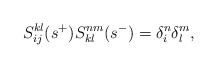
\begin{align*}S^{kl}_{ij}(s^{+})S^{nm}_{kl}(s^{-})=\delta_{i}^{n}\delta_{l}^{m},\end{align*}